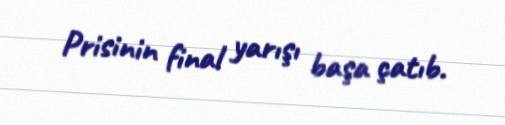
Prisinin final yarışı başa çatıb.